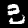
Digit: 3